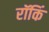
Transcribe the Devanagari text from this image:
रॉकिं